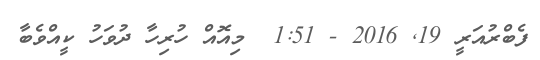
ފެބްރުއަރީ 19